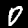
Label: 0